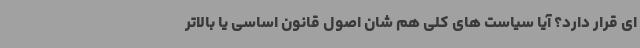
ای قرار دارد؟ آیا سیاست های کلی هم شان اصول قانون اساسی یا بالاتر